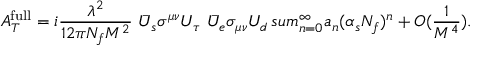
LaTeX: A _ { T } ^ { \mathrm { f u l l } } = i { \frac { \lambda ^ { 2 } } { 1 2 \pi N _ { f } M ^ { 2 } } } \ \bar { U } _ { s } \sigma ^ { \mu \nu } U _ { \tau } \ \bar { U } _ { e } \sigma _ { \mu \nu } U _ { d } \, s u m _ { n = 0 } ^ { \infty } a _ { n } ( \alpha _ { s } N _ { f } ) ^ { n } + { \cal O } ( { \frac { 1 } { M ^ { 4 } } } ) .